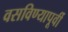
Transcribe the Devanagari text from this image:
वसविण्यापूर्वी